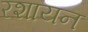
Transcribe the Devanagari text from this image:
रशायन